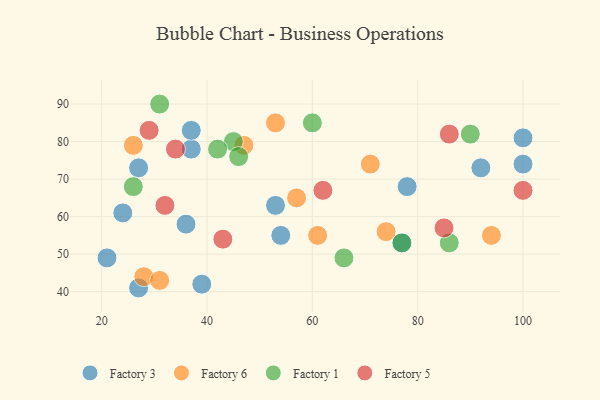
{"axis": {"x": "GDP", "y": "Life Expectancy"}, "legend": ["Factory 1", "Factory 3", "Factory 5", "Factory 6"], "data": [{"x": "36", "y": 58, "type": "Factory 3"}, {"x": "78", "y": 68, "type": "Factory 3"}, {"x": "21", "y": 49, "type": "Factory 3"}, {"x": "27", "y": 73, "type": "Factory 3"}, {"x": "39", "y": 42, "type": "Factory 3"}, {"x": "37", "y": 78, "type": "Factory 3"}, {"x": "24", "y": 61, "type": "Factory 3"}, {"x": "53", "y": 63, "type": "Factory 3"}, {"x": "92", "y": 73, "type": "Factory 3"}, {"x": "27", "y": 41, "type": "Factory 3"}, {"x": "100", "y": 74, "type": "Factory 3"}, {"x": "54", "y": 55, "type": "Factory 3"}, {"x": "77", "y": 53, "type": "Factory 3"}, {"x": "100", "y": 81, "type": "Factory 3"}, {"x": "37", "y": 83, "type": "Factory 3"}, {"x": "28", "y": 44, "type": "Factory 6"}, {"x": "74", "y": 56, "type": "Factory 6"}, {"x": "94", "y": 55, "type": "Factory 6"}, {"x": "57", "y": 65, "type": "Factory 6"}, {"x": "71", "y": 74, "type": "Factory 6"}, {"x": "47", "y": 79, "type": "Factory 6"}, {"x": "53", "y": 85, "type": "Factory 6"}, {"x": "31", "y": 43, "type": "Factory 6"}, {"x": "26", "y": 79, "type": "Factory 6"}, {"x": "61", "y": 55, "type": "Factory 6"}, {"x": "86", "y": 53, "type": "Factory 1"}, {"x": "66", "y": 49, "type": "Factory 1"}, {"x": "45", "y": 80, "type": "Factory 1"}, {"x": "77", "y": 53, "type": "Factory 1"}, {"x": "90", "y": 82, "type": "Factory 1"}, {"x": "31", "y": 90, "type": "Factory 1"}, {"x": "46", "y": 76, "type": "Factory 1"}, {"x": "42", "y": 78, "type": "Factory 1"}, {"x": "26", "y": 68, "type": "Factory 1"}, {"x": "60", "y": 85, "type": "Factory 1"}, {"x": "43", "y": 54, "type": "Factory 5"}, {"x": "34", "y": 78, "type": "Factory 5"}, {"x": "100", "y": 67, "type": "Factory 5"}, {"x": "62", "y": 67, "type": "Factory 5"}, {"x": "85", "y": 57, "type": "Factory 5"}, {"x": "32", "y": 63, "type": "Factory 5"}, {"x": "29", "y": 83, "type": "Factory 5"}, {"x": "86", "y": 82, "type": "Factory 5"}]}